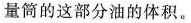
量筒的这部分油的体积。